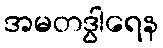
အမတဒွါရေန